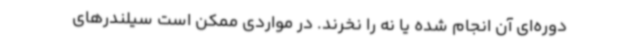
دوره‌ای آن انجام شده یا نه را نخرند. در مواردی ممکن است سیلندرهای